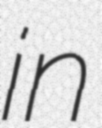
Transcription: in